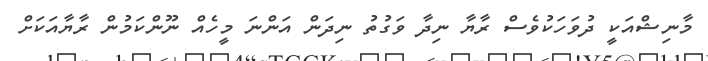
މާނިޝްއަކީ ދުވަހަކުވެސް ރާޔާ ނިދާ ވަގުތު ނިދަން އަންނަ މީހެއް ނޫންކަމުން ރާޔާއަކަށް